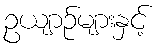
ဥယျာဉ်များနှင့်